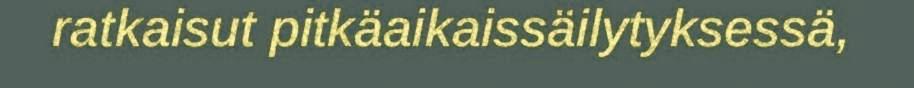
ratkaisut pitkäaikaissäilytyksessä,